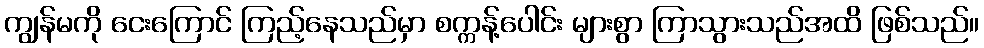
ကျွန်မကို ငေးကြောင် ကြည့်နေသည်မှာ စက္ကန့်ပေါင်း များစွာ ကြာသွားသည်အထိ ဖြစ်သည်။